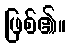
ဖြစ်၏။